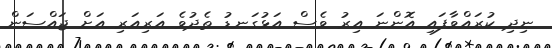
ނިދި ކުރައްވާފައި އޮންނަ އިރު ވެސް އަޅުގަނޑު ތެދުވެ އަރިއަރި އަށް ޖައްސަން